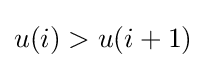
u(i)>u(i+1)